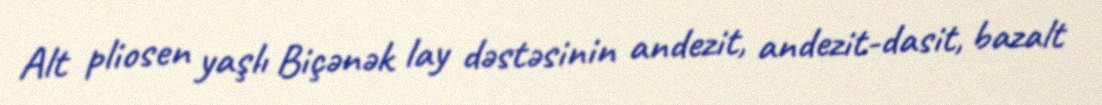
Alt pliosen yaşlı Biçənək lay dəstəsinin andezit, andezit-dasit, bazalt